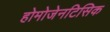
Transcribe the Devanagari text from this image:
होमोजेनटिसिक